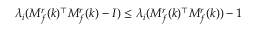
\lambda _ { i } ( M _ { f } ^ { r } ( k ) ^ { \top } M _ { f } ^ { r } ( k ) - I ) \leq \lambda _ { i } ( M _ { f } ^ { r } ( k ) ^ { \top } M _ { f } ^ { r } ( k ) ) - 1